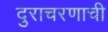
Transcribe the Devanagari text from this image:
दुराचरणाची